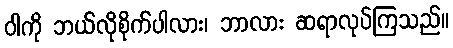
ဝါကို ဘယ်လိုစိုက်ပါလား၊ ဘာလား ဆရာလုပ်ကြသည်။